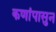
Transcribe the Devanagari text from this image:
कणांपासुन